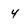
Character: 4